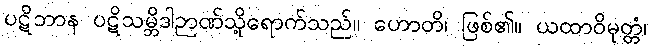
ပဋိဘာန ပဋိသမ္ဘိဒါဉာဏ်သို့ရောက်သည်။ ဟောတိ၊ ဖြစ်၏။ ယထာဝိမုတ္တံ၊